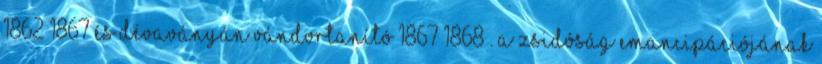
1862–1867 és Dévaványán vándortanító 1867–1868 . A zsidóság emancipációjának